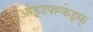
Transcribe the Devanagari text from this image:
एओइउफ्ह्केझ्फ्